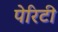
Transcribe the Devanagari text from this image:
पेरिटी